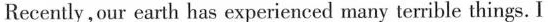
Recently .our earth has experienced many terrible things.I